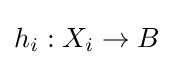
h_{i}:X_{i}\to B